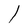
Character: l